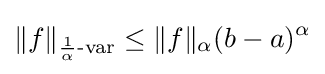
\|f\|_{{\frac {1}{\alpha }}{\text{-var}}}\leq \|f\|_{\alpha }(b-a)^{\alpha }